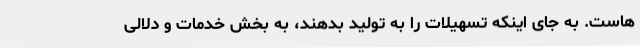
‌هاست. به جای اینکه تسهیلات را به تولید بدهند، به بخش خدمات و دلالی